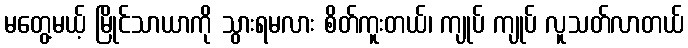
မတွေ့မယ့် မြိုင်သာယာကို သွားရမလား စိတ်ကူးတယ်၊ ကျုပ် ကျုပ် လူသတ်လာတယ်